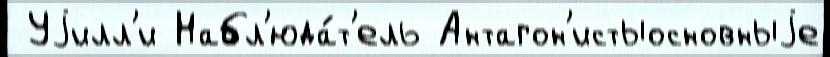
 Уjилл'и Набл'юда́т'ель Антагон'истыосновныjе